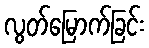
လွတ်မြောက်ခြင်း